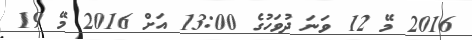
2016 މޭ 12 ވަނަ ދުވަހުގެ 13:00 އަށް 2016 މޭ 19